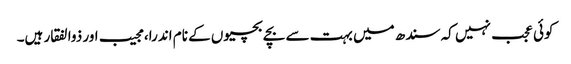
کوئی عجب نہیں کہ سندھ میں بہت سے بچے بچیوں کے نام اندرا، مجیب اور ذوالفقار ہیں۔